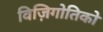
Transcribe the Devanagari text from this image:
विज़िगोतिको